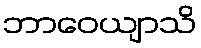
ဘာဝေယျာသိ